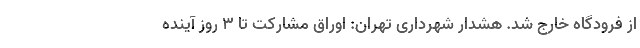
از فرودگاه خارج شد. هشدار شهرداری تهران: اوراق مشارکت تا ۳ روز آینده